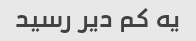
یه کم دیر رسید